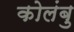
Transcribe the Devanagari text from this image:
कोलंबु